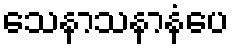
သေနာသနာနံပေ